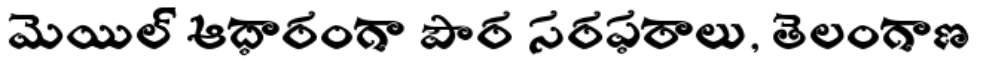
మెయిల్ ఆధారంగా పౌర సరఫరాలు, తెలంగాణ